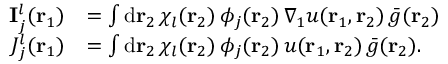
\begin{array} { r l } { \mathbf { I } _ { j } ^ { l } ( { \mathbf { r } _ { 1 } } ) } & { = \int \mathrm { d } { \mathbf { r } _ { 2 } } \, \chi _ { l } ( { \mathbf { r } _ { 2 } } ) \, \phi _ { j } ( { \mathbf { r } _ { 2 } } ) \, \nabla _ { 1 } u ( { \mathbf { r } _ { 1 } } , { \mathbf { r } _ { 2 } } ) \, \bar { g } ( { \mathbf { r } _ { 2 } } ) } \\ { J _ { j } ^ { l } ( { \mathbf { r } _ { 1 } } ) } & { = \int \mathrm { d } { \mathbf { r } _ { 2 } } \, \chi _ { l } ( { \mathbf { r } _ { 2 } } ) \, \phi _ { j } ( { \mathbf { r } _ { 2 } } ) \, u ( { \mathbf { r } _ { 1 } } , { \mathbf { r } _ { 2 } } ) \, \bar { g } ( { \mathbf { r } _ { 2 } } ) \mathrm { . } } \end{array}